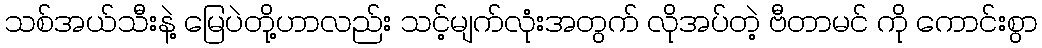
သစ်အယ်သီးနဲ့ မြေပဲတို့ဟာလည်း သင့်မျက်လုံးအတွက် လိုအပ်တဲ့ ဗီတာမင် ကို ကောင်းစွာ